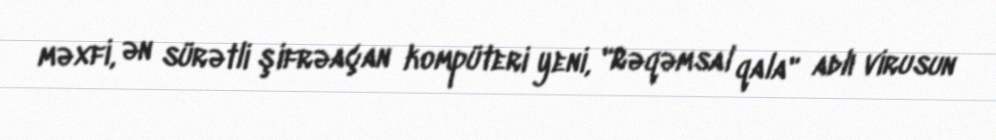
məxfi, ən sürətli şifrəaçan kompüteri yeni, "Rəqəmsal qala" adlı virusun